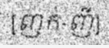
[ញក់-ញី]